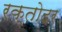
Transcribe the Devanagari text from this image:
रक्तोदर